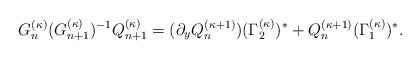
LaTeX: \begin{align*}G^{(\kappa)}_n(G^{(\kappa)}_{n+1})^{-1}Q^{(\kappa)}_{n+1}=(\partial_yQ^{(\kappa+1)}_n)(\Gamma_2^{(\kappa)})^*+Q^{(\kappa+1)}_n(\Gamma^{(\kappa)}_1)^*. \end{align*}